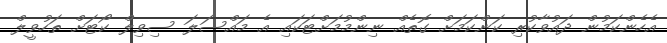
އެހެންކަމުން ދައުވާކުރި ކަންކަމަށް ގޮތެއް ނިންމުމަށްޓަކައި އެ މައްސަލަ ސިވިލް ކޯޓަށް ތަހުވީލް